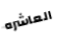
العاشره